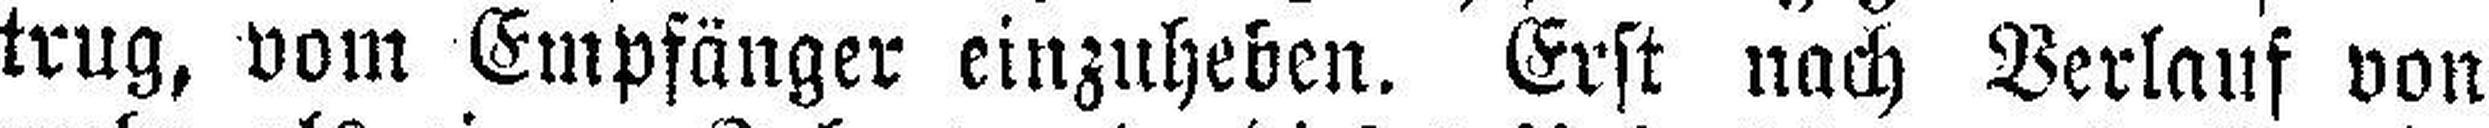
trug, vom Empfänger einzuheben. Erst nach Verlauf von